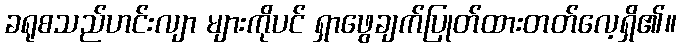
ခရုစသည်ဟင်းလျာ များကိုပင် ရှာဖွေချက်ပြုတ်ထားတတ်လေ့ရှိ၏။